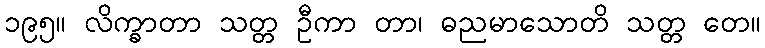
၁၉၅။ လိက္ခာတာ သတ္တ ဦကာ တာ၊ ဓညမာသောတိ သတ္တ တေ။